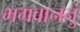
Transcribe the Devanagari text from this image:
भगवाननुं